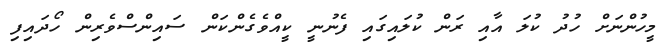
މީހުންނަށް ހުދު ކުލަ އާއި ރަން ކުލައިގައި ފެނުނީ ކީއްވެގެންކަން ސައިންސްވެރިން ހޯދައިފި